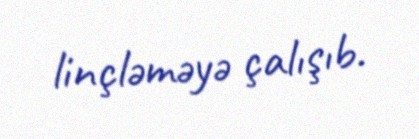
linçləməyə çalışıb.